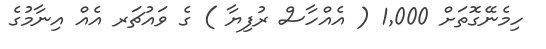
ހިމެނޭގޮތަށް 1